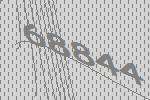
68844